Report on vaccination North-West Frontier Province 1904-1922 - 1904-1922
Year: 1904
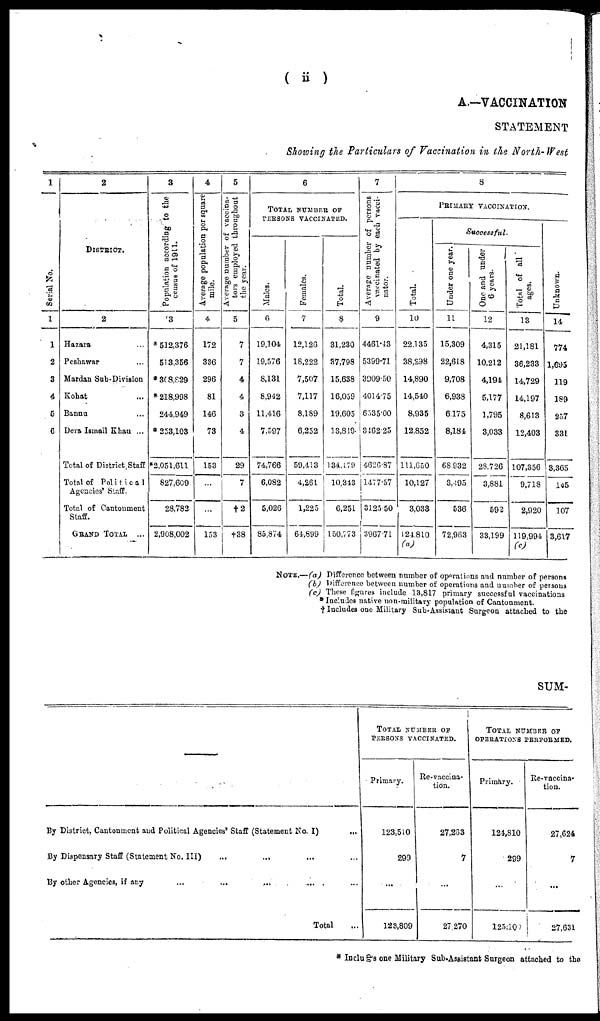
( ii)
A.—VACCINATION
STATEMENT
Showing the Particulars of Vaccination in the North- West
1
Serial No.
1
1
2
3
4
5
6
2
DISTRICT.
2
Hazara ...
Peshawar ...
Mardan Sub-Division
Kohat ...
Bannu ...
Dera Ismail Khan ...
Total of District,Staff
Total of Politica1
Agencies' Staff.
Total of Cantonment
Staff.
GRAND TOTAL
...
3
Population according to the
census of 1911.
3
*512,376
513,366
*308,829
*218,998
244,949
* 253,103
*2,051,611
827,609
28,782
2,908,002
4
Average population per square
mile.
4
172
386
296
81
146
73
153
...
...
153
5
Average number of vaccina¬
tors employed throughout
the year.
5
7
7
4
4
3
4
29
7
†2
†38
6
TOTAL NUMBER OF
PERSONS VACCINATED.
Males.
6
19,104
19,576
8,131
8,942
11,416
7,597
74,766
6,082
5,026
85,874
Females.
7
12,126
18,222
7,507
7,117
8,189
6,232
59,413
4,261
1,225
64,899
Total.
8
31,230
37,798
15,638
16,059
19,605
13,819
134,179
10,313
6,251
150,773
7
Average number of persons
vaccinated by each vacci¬
nator.
9
4461.13
5399.71
3909.50
4014.75
6535.00
3162.25
4626.87
1477.57
3125.50
3967.71
8
PRIMARY VACCINATION.
Total.
10
22,135
38,298
14,890
14,540
8,935
12,852
111,650
10,127
3,033
124,810
Successful.
Under one year.
11
15,309
22,618
9,708
6,938
6,175
8,184
68,932
3,495
536
72,963
One and under
6 years.
12
4,315
10,212
4,194
5,177
1,795
3,033
28,726
3,881
592
33,199
Total of all
ages.
13
21,181
36,233
14,729
14,197
8,613
12,403
107,356
9,718
2,920
119,994
(c)
Unknown.
14
774
1,695
119
189
257
331
3,365
145
107
3,617
NOTE.—(a) Difference between number of oprations and number of persons
(b) Difference between number of operations and number of persons
(c) These figures include 13,817 primary successful vaccinations
* Includes native non-military population of Cantonment.
† Includes one Military Sub-Assistant Surgeon attached to the
SUM-
By District, Cantonment and Political Agencies' Staff (Statement No. I)
...
By Dispensary Staff (Statement No. III) ... ... ... ...
By other Agencies, if any ... ... ... ... ...
Total ...
TOTAL NUMBER OF
PERSONS VACCINATED.
Primary.
123,510
299
...
123,809
Re-vaccina-
tion.
27,263
7
...
27,270
TOTAL NUMBER OF
OPERATIONS PERFORMED.
Primary.
124,810
299
...
125,109
Re-vaccina-
tion.
27,624
7
...
27,631
* Includes one Military Sub-Assistant Surgeon attached to the